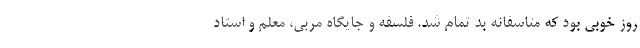
روز خوبی بود که متاسفانه بد تمام شد. فلسفه و جایگاه مربی، معلم و استاد